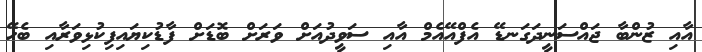
އާއި ޒުންބާ ޖައްސަނީދަގަނޑޭ އެފްއޭއެމް އާއި ސަވީދުއަށް ވަރަށް ބޮޑަށް ފާޑުކިޔައިފިކުޅިވަރާއި ބެހޭ